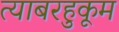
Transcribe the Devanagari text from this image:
त्याबरहुकूम